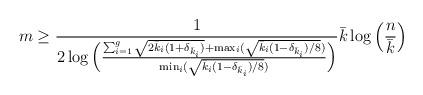
LaTeX: \begin{align*} m\geq \frac{1}{2\log\Big(\frac{\sum_{i=1}^g \sqrt{2\bar{k}_i(1+\delta_{\bar{k}_i})}+\max_i(\sqrt{\bar{k}_i(1-\delta_{\bar{k}_i})/8})}{\min_i(\sqrt{\bar{k}_i(1-\delta_{\bar{k}_i})/8})}\Big)}\bar{k}\log\Big(\frac{n}{\bar{k}}\Big)\end{align*}